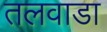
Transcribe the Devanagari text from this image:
तलवाडा